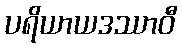
ပရိယာယဒဿာဝီ